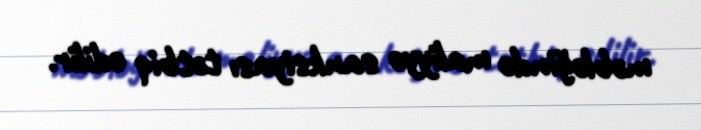
məbləğində maliyyə sanksiyası tətbiq edilir.